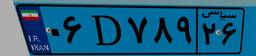
۰۶D۷۸۹۲۶